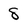
Character: 8